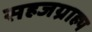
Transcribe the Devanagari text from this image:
सहजग्राह्य